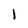
Character: l